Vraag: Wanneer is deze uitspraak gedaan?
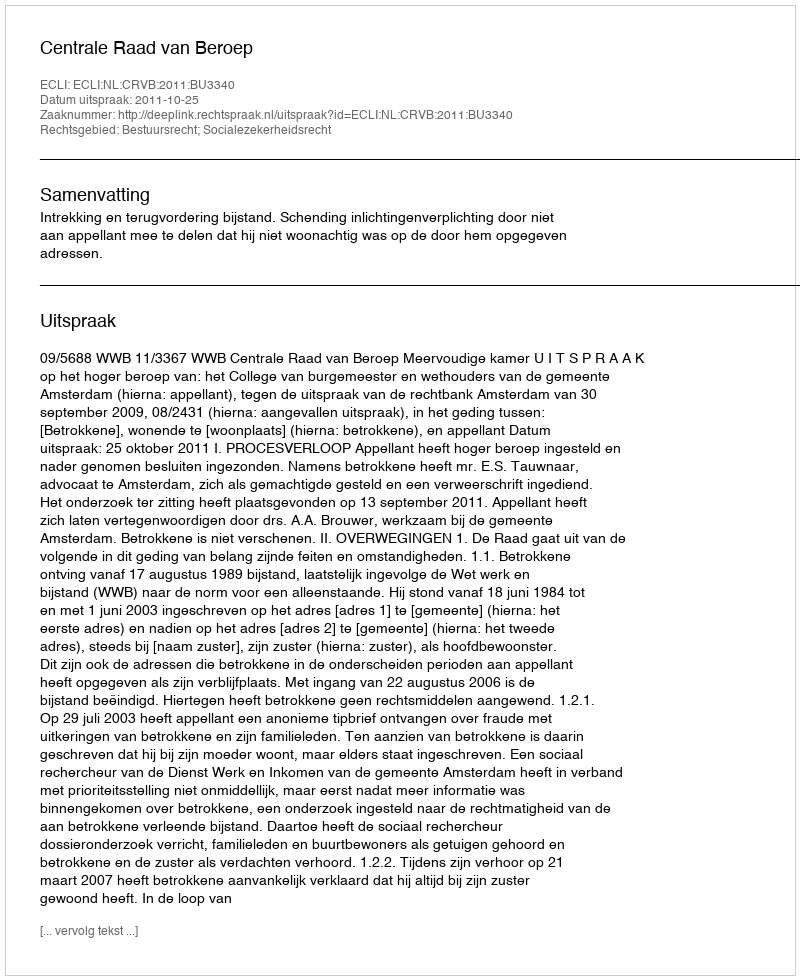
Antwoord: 2011-10-25